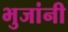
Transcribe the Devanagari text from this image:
भुजांनी